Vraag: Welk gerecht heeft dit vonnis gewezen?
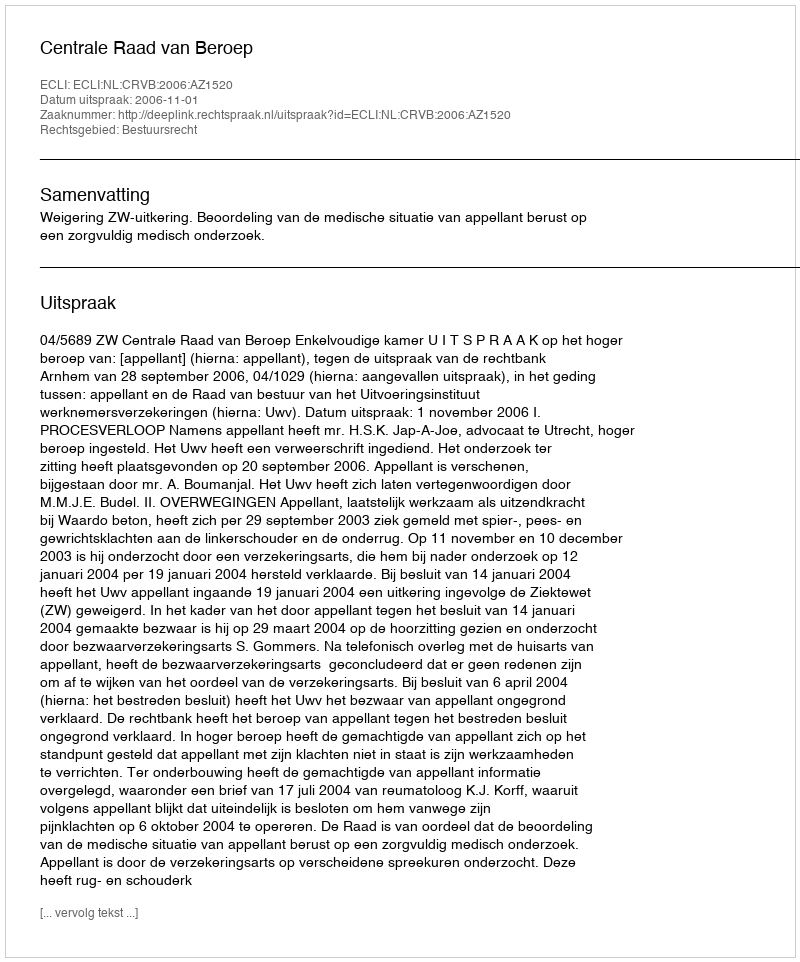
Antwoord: Centrale Raad van Beroep